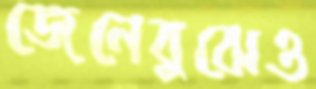
জেনেবুঝেও